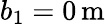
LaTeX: b_{1}=0\, \mathrm{m}